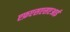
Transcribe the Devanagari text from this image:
एफ़एसएसएआई